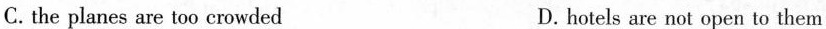
C. the planes are too crowded D.hotels are not open to them